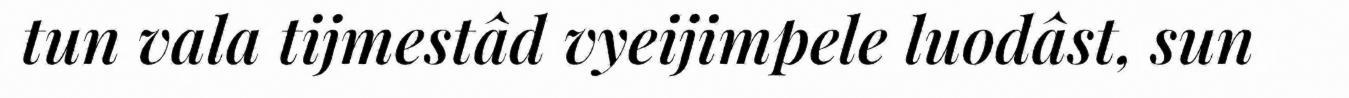
tun vala tijmestâd vyeijimpele luodâst, sun